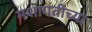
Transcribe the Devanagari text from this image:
मशागतीच्या